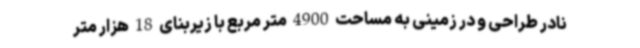
نادر طراحی و در زمینی به مساحت 4900 متر مربع با زیربنای 18 هزار متر